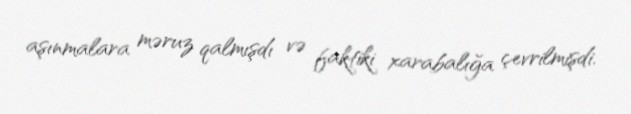
aşınmalara məruz qalmışdı və faktiki xarabalığa çevrilmişdi.